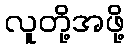
လူတို့အဖို့